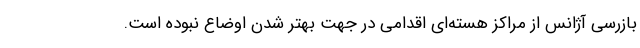
بازرسی آژانس از مراکز هسته‌ای اقدامی در جهت بهتر شدن اوضاع نبوده است.